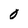
Character: 0